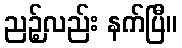
ညဉ့်လည်း နက်ပြီ။